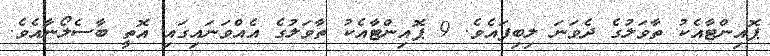
ޕޮއިންޓާއެކު ތާވަލުގެ ދެވަނަ ލިބިފައެވެ. 9 ޕޮއިންޓާއެކު ތާވަލުގެ އެއްވަނައިގައި އޮތީ ބާސެލޯނާއެވެ.